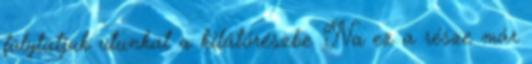
folytatjuk utunkat a kilátórészbe. Na ez a része már